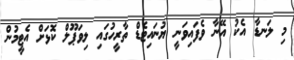
މި ލަނޑާ އެކު އޭނާ ވެފައިވަނީ ޔުނައިޓެޑް ތާރީހުގައި ލިވަޕޫލް ކޮޅަށް އެޓީމުން